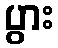
ပွား